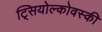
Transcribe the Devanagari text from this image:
ट्सियोल्कोवस्की